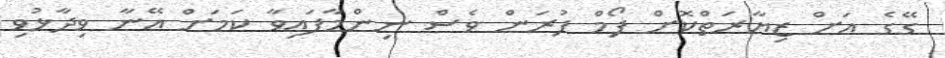
ގޭގެ އަށް ޒިޔާރަތްކޮށް ފޯމް ފުރަން ވެސް ނިންމާފައިވާ ކަމަށް އޭނާ ވިދާޅުވި